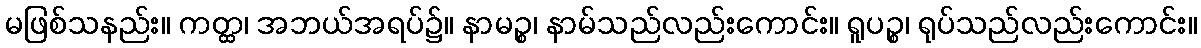
မဖြစ်သနည်း။ ကတ္ထ၊ အဘယ်အရပ်၌။ နာမဉ္စ၊ နာမ်သည်လည်းကောင်း။ ရူပဉ္စ၊ ရုပ်သည်လည်းကောင်း။